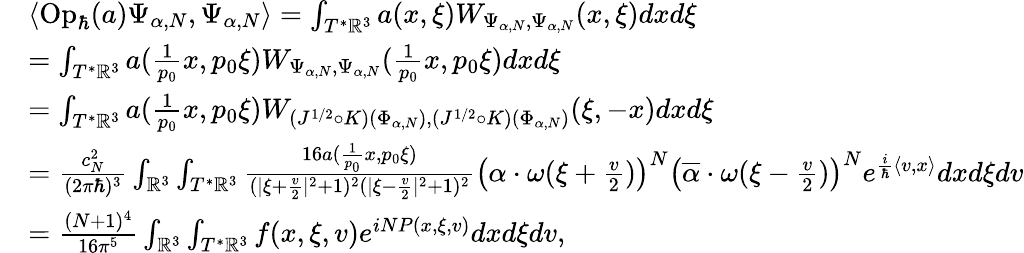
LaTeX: \begin{array}{rl}&{\langle\operatorname{Op}_{\hbar}(a)\Psi_{\alpha,N},\Psi_{\alpha,N}\rangle=\int_{T^{*}\mathbb{R}^{3}}a(x,\xi)W_{\Psi_{\alpha,N},\Psi_{\alpha,N}}(x,\xi)dxd\xi}\\ &{=\int_{T^{*}\mathbb{R}^{3}}a(\frac{1}{p_{0}}x,p_{0}\xi)W_{\Psi_{\alpha,N},\Psi_{\alpha,N}}(\frac{1}{p_{0}}x,p_{0}\xi)dxd\xi}\\ &{=\int_{T^{*}\mathbb{R}^{3}}a(\frac{1}{p_{0}}x,p_{0}\xi)W_{(J^{1/2}\circ K)(\Phi_{\alpha,N}),(J^{1/2}\circ K)(\Phi_{\alpha,N})}(\xi,-x)dxd\xi}\\ &{=\frac{c_{N}^{2}}{(2\pi\hbar)^{3}}\int_{\mathbb{R}^{3}}\int_{T^{*}\mathbb{R}^{3}}\frac{16a(\frac{1}{p_{0}}x,p_{0}\xi)}{(|\xi+\frac{v}{2}|^{2}+1)^{2}(|\xi-\frac{v}{2}|^{2}+1)^{2}}\big(\alpha\cdot\omega(\xi+\frac{v}{2})\big)^{N}\big(\overline{{\alpha}}\cdot\omega(\xi-\frac{v}{2})\big)^{N}e^{\frac{i}{\hbar}\langle v,x\rangle}dxd\xi dv}\\ &{=\frac{(N+1)^{4}}{16\pi^{5}}\int_{\mathbb{R}^{3}}\int_{T^{*}\mathbb{R}^{3}}f(x,\xi,v)e^{iNP(x,\xi,v)}dxd\xi dv,}\end{array}